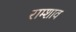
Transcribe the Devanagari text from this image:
राम्शाव